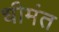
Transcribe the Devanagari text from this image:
धीमंत